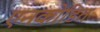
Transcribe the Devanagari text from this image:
एनकोडित